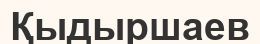
Қыдыршаев